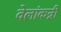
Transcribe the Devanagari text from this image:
वेलांकन्नी